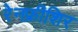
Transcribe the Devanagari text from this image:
रेनफ्रीशिर